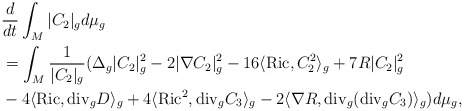
\begin{align*}&\frac{d}{dt}\int_M|C_2|_{g}d\mu_g\\&=\int_M\frac{1}{|C_2|_{g}}(\Delta_g|C_2|_g^2-2|\nabla C_2|_g^2-16\langle\mathrm{Ric}, C_2^2\rangle_g+7R|C_2|^2_{g}\\&-4\langle\mathrm{Ric}, \mathrm{div}_gD\rangle_g+4\langle\mathrm{Ric}^2, \mathrm{div}_gC_3\rangle_g-2\langle\nabla R, \mathrm{div}_g(\mathrm{div}_gC_3)\rangle_g)d\mu_g,\end{align*}